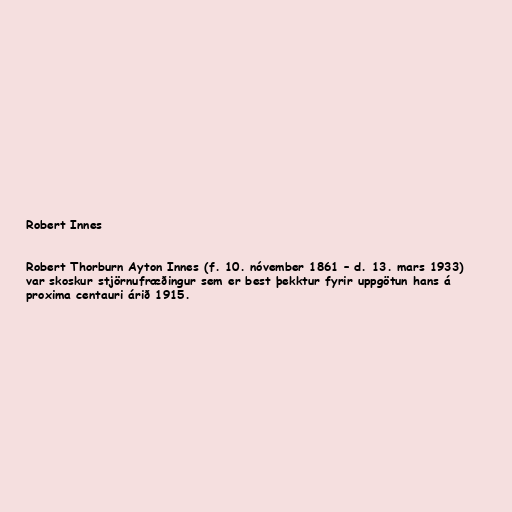
Robert Innes

Robert Thorburn Ayton Innes (f. 10. nóvember 1861 – d. 13. mars 1933)
var skoskur stjörnufræðingur sem er best þekktur fyrir uppgötun hans á
proxima centauri árið 1915.